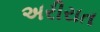
અરીરાત